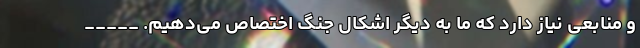
و منابعی نیاز دارد که ما به دیگر اشکال جنگ اختصاص می‌‌دهیم. _____